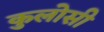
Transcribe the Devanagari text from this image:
कुलोसी